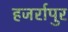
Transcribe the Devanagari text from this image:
हजर्रापुर